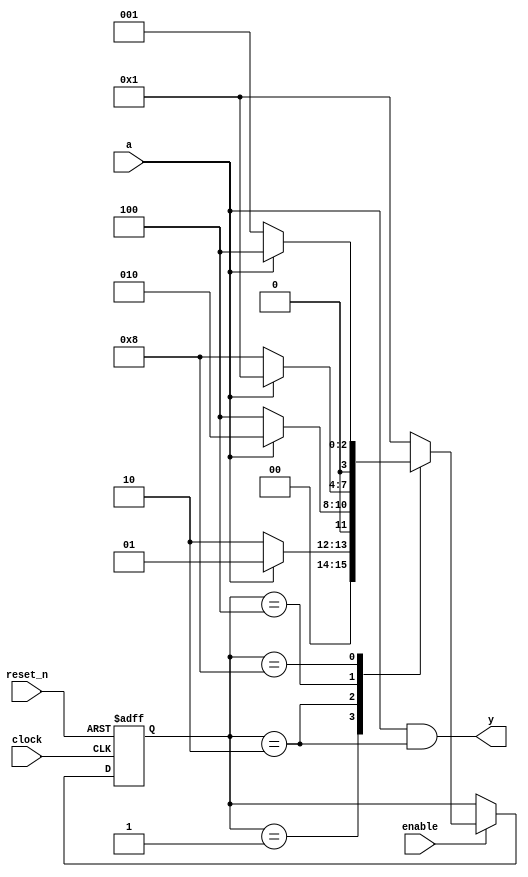
module lab8_ohe
(
    input  clock,
    input  reset_n,
    input  enable,
    input  a,
    output y
);

    parameter [3:0] S0 = 4'b0001, S1 = 4'b0010, S2 =4'b0100, S3 = 4'b1000;

    reg [3:0] state, next_state;

    // State register

    always @ (posedge clock or negedge reset_n)
        if (! reset_n)
            state <= S0;
        else if (enable)
            state <= next_state;

    // Next state logic

    always @*
        case (state)
        
        S0:
            if (a)
                next_state = S0;
            else
                next_state = S1;

        S1:
            if (a)
                next_state = S1;
            else
                next_state = S2;

        S2:
            if (a)
                next_state = S0;
            else
                next_state = S3;

        S3:
            if (a)
                next_state = S2;
            else
                next_state = S0;

        default:

            next_state = S0;

        endcase

    // Output logic based on current state

    assign y = (a & state == S1);

endmodule